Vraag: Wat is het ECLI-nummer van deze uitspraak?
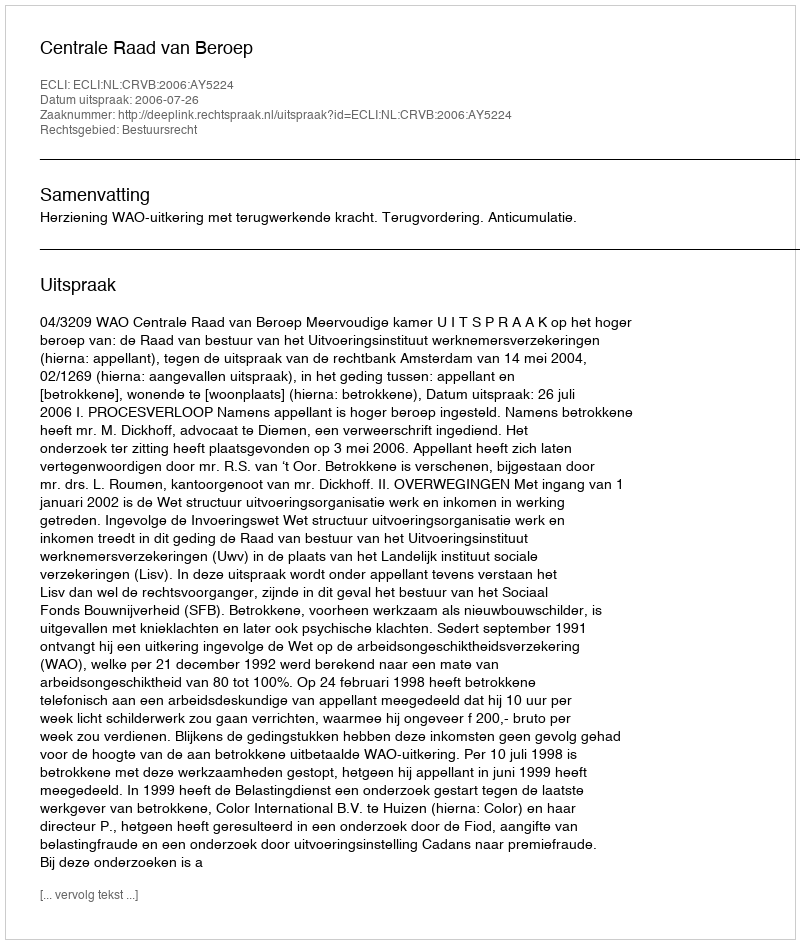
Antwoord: ECLI:NL:CRVB:2006:AY5224